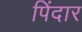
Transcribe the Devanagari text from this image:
पिंदार